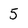
Character: 5